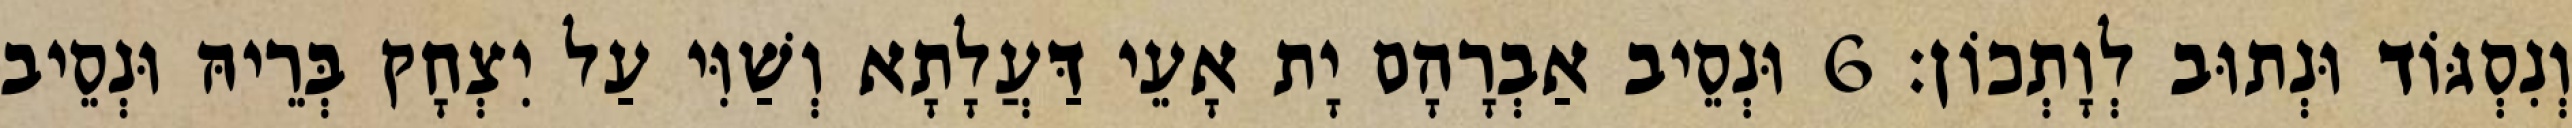
וְנִסְגּוֹד וּנְתוּב לְוָתְכוֹן׃ 6 וּנְסֵיב אַבְרָהָם יָת אָעֵי דַּעֲלָתָא וְשַׁוִּי עַל יִצְחָק בְּרֵיהּ וּנְסֵיב